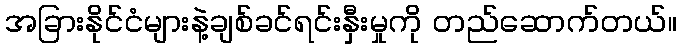
အခြားနိုင်ငံများနဲ့ချစ်ခင်ရင်းနှီးမှုကို တည်ဆောက်တယ်။